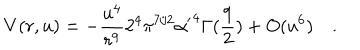
LaTeX: V ( r , u ) = - { \frac { u ^ { 4 } } { r ^ { 9 } } } 2 ^ { 4 } \pi ^ { 7 / 2 } { \alpha ^ { \prime } } ^ { 4 } \Gamma ( { \frac { 9 } { 2 } } ) + O ( u ^ { 6 } ) \quad .